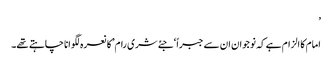
’
امام کا الزام ہے کہ نوجوان ان سے جبراً ‘جئے شری رام’کا نعرہ لگوانا چاہتے تھے۔